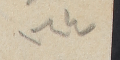
١٦٤